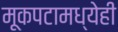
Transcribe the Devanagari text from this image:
मूकपटामध्येही